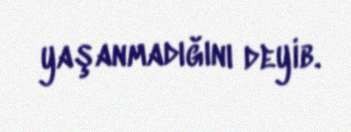
yaşanmadığını deyib.